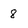
Character: 8